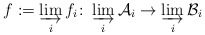
\begin{align*}f := \varinjlim_i f_i\colon \varinjlim_i \mathcal A_i \to \varinjlim_i \mathcal B_i\end{align*}